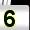
Digit: 5